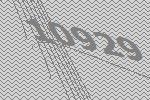
10929